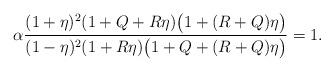
LaTeX: \begin{align*}\alpha \frac{(1+\eta)^2(1+Q+R\eta)\big(1+(R+Q)\eta\big)}{(1-\eta)^2(1+R\eta)\big(1+Q+(R+Q)\eta\big)}=1.\end{align*}